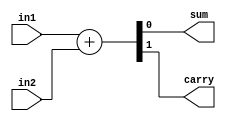
module HA_BM ( sum, carry, in1, in2 );
   input in1, in2;
   output carry, sum;
  
  assign {carry, sum}= in1+in2;
  
endmodule